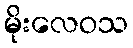
မိုးလေဝသ